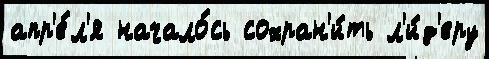
апр'е́л'я начало́сь сохран'и́ть л'и́д'еру